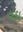
ટોડા